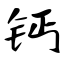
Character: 钙